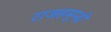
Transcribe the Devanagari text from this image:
राजहमुन्द्री